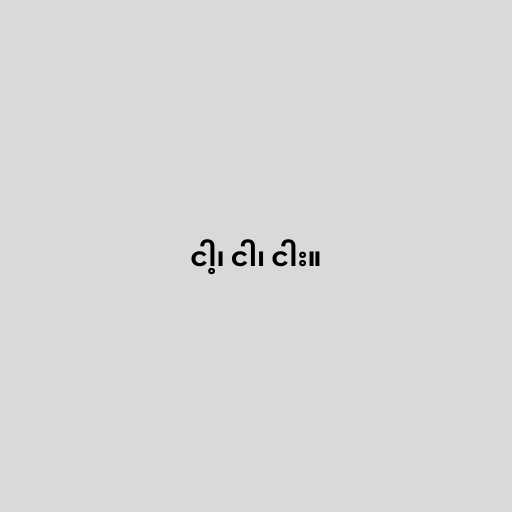
ငါ့၊ ငါ၊ ငါး။